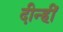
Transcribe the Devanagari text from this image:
दीन्‍हीं